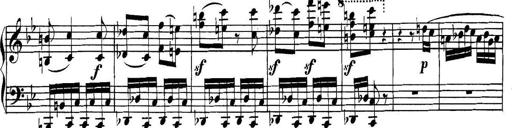
Title: Collected Piano Sonatas
Composer: Muzio Clementi